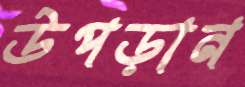
উপড়ান